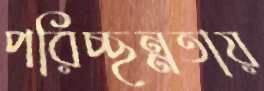
পরিচ্ছন্নতায়